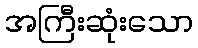
အကြီးဆုံးသော